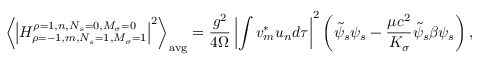
\left\langle \left| H _ { \rho = - 1 , m , N _ { s } = 1 , M _ { \sigma } = 1 } ^ { \rho = 1 , n , N _ { s } = 0 , M _ { \sigma } = 0 } \right| ^ { 2 } \right\rangle _ { \mathrm { a v g } } = { \frac { g ^ { 2 } } { 4 \Omega } } \left| \int v _ { m } ^ { * } u _ { n } d \tau \right| ^ { 2 } \left( { \tilde { \psi } } _ { s } \psi _ { s } - { \frac { \mu c ^ { 2 } } { K _ { \sigma } } } { \tilde { \psi } } _ { s } \beta \psi _ { s } \right) ,